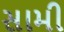
સામી